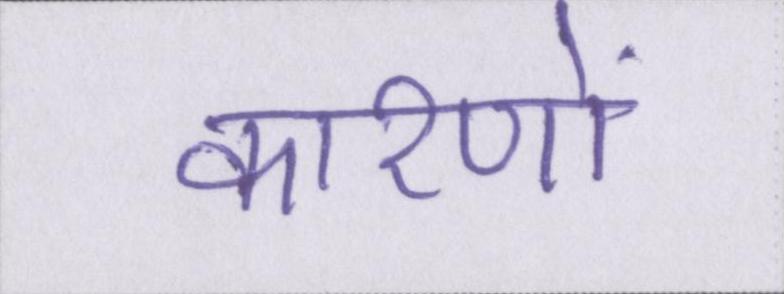
कारणों